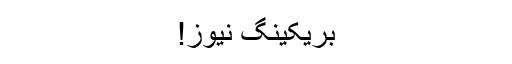
بریکینگ نیوز!